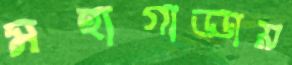
মহাগাড্ডায়